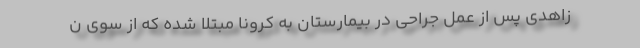
زاهدي پس از عمل جراحي در بيمارستان به كرونا مبتلا شده كه از سوي ن